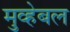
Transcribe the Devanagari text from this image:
मुव्हेबल